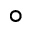
\circ